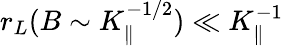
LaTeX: r_{L}(B\sim K_{\parallel}^{-1/2})\ll K_{\parallel}^{-1}